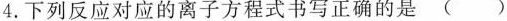
4.下列反应对应的离子方程式书写正确的是( )